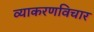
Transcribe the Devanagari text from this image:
व्याकरणविचार